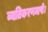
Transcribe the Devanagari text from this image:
व्यतिकरणमापी।